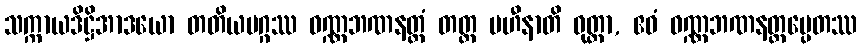
သက္ကာယဒိဋ္ဌိအာဒယော တတိယမဂ္ဂဿ ဝဏ္ဏဘဏနတ္ထံ တတ္ထ ပဟီနာတိ ဝုတ္တာ, ဧဝံ ဝဏ္ဏဘဏနတ္ထမ္ပေတဿ